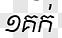
១គក់